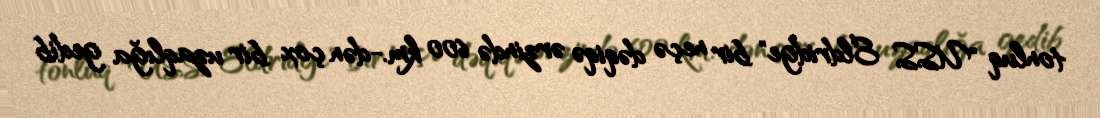
tonluq "USS Eldridge" bir neçə dəqiqə ərzində 600 km.-dən çox bir uzaqlığa gedib